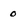
Character: 0